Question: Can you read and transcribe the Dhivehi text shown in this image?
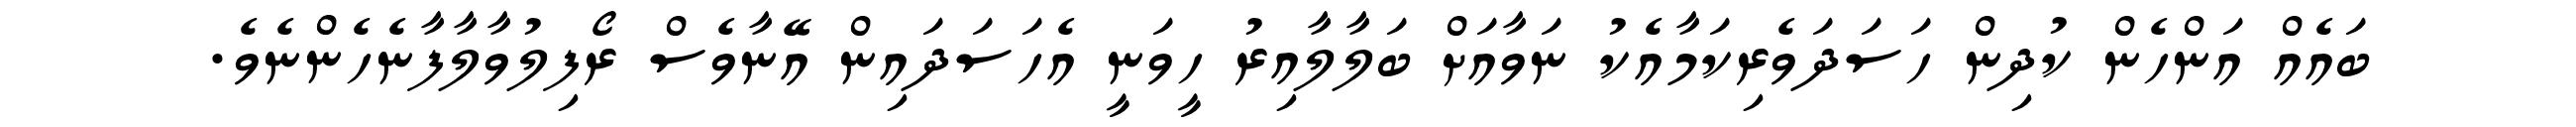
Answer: ބައެއް އަންހެން ކުދިން ހަސަދަވެރިކަމާއެކު ނަވާއަށް ބަލާލާއިރު ހީވަނީ އެހަސަދައިން އޭނާވެސް ރޯފިލުވާލާފާނެހެންނެވެ.